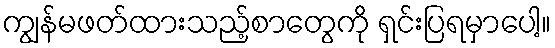
ကျွန်မဖတ်ထားသည့်စာတွေကို ရှင်းပြရမှာပေါ့။